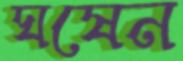
ঘষেন